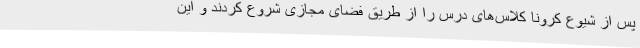
پس از شیوع کرونا کلاس‌های درس را از طریق فضای مجازی شروع کردند و این